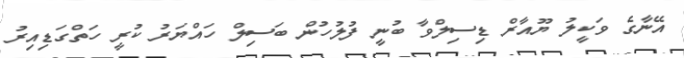
އޭނާގެ ވަކީލު ޔޫއާރް ޑިސިލްވާ ބުނީ ފުލުހުން ބަސިލް ހައްޔަރު ކުރީ ހަތްގަޑިއިރު